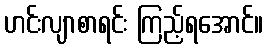
ဟင်းလျာစာရင်း ကြည့်ရအောင်။